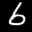
Label: 6